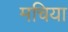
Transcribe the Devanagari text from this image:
मचिया